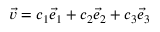
{ \vec { v } } = c _ { 1 } { \vec { e } } _ { 1 } + c _ { 2 } { \vec { e } } _ { 2 } + c _ { 3 } { \vec { e } } _ { 3 }